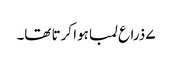
۷ ذراع لمبا ہوا کرتا تھا۔